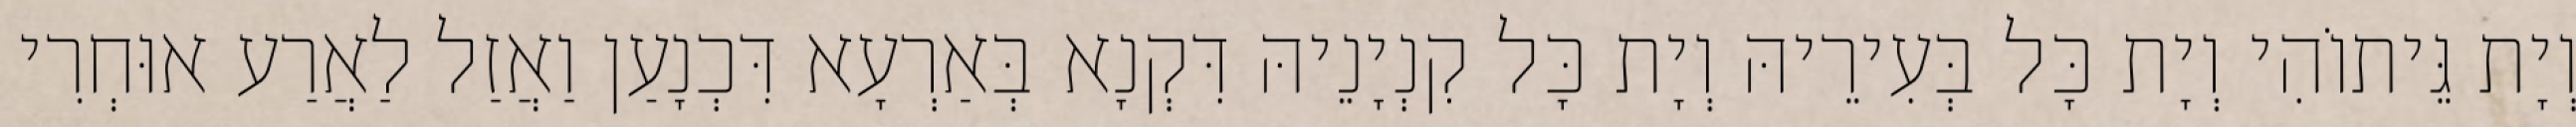
וְיָת גֵּיתוֹהִי וְיָת כָּל בְּעִירֵיהּ וְיָת כָּל קִנְיָנֵיהּ דִּקְנָא בְּאַרְעָא דִּכְנָעַן וַאֲזַל לַאֲרַע אוּחְרִי